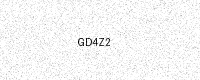
Text: GD4Z2